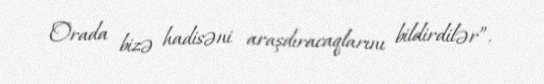
Orada bizə hadisəni araşdıracaqlarını bildirdilər”.